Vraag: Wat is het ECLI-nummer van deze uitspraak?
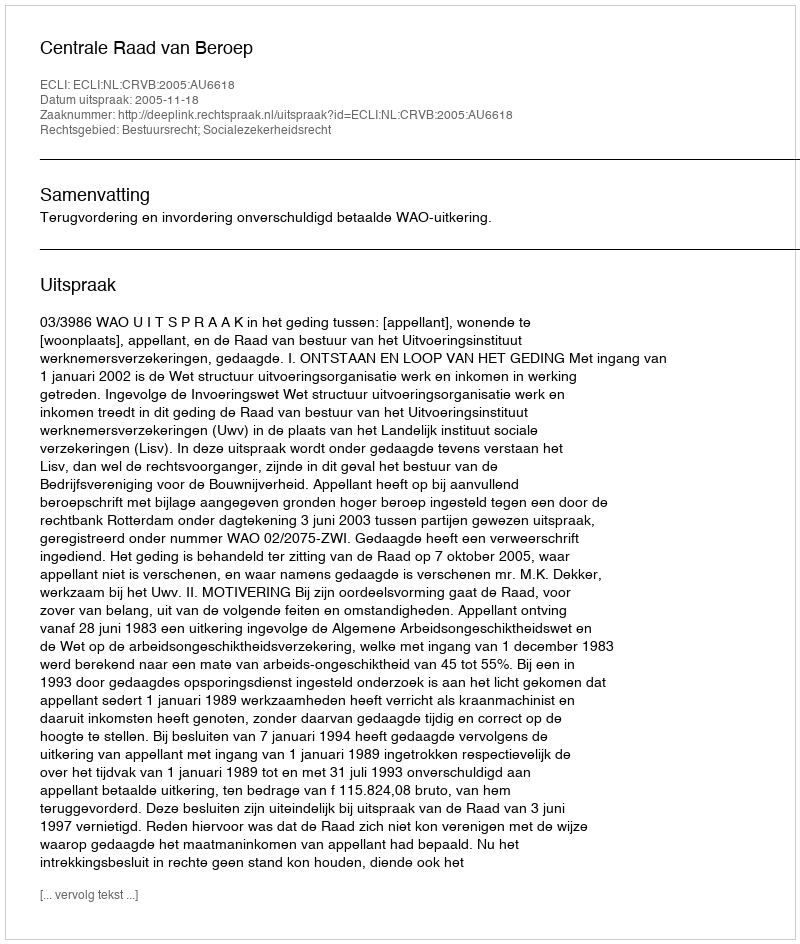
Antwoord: ECLI:NL:CRVB:2005:AU6618